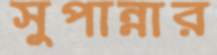
সুপান্নার